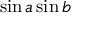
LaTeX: \sin a \sin b